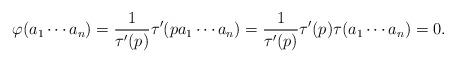
LaTeX: \begin{align*}\varphi(a_1\cdots a_n)&=\frac{1}{\tau'(p)}\tau'(p a_1\cdots a_n ) =\frac{1}{\tau'(p)}\tau'(p)\tau(a_1\cdots a_n) =0.\end{align*}